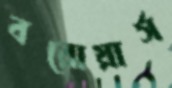
বরোয়ার্স